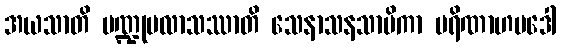
အယသာတိ ပဏ္ဍုပလာသဿာတိ သေနာသနသာမိကာ ပရိဏာဟမဒေါ